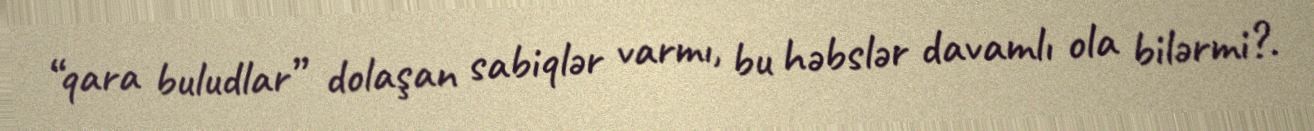
“qara buludlar” dolaşan sabiqlər varmı, bu həbslər davamlı ola bilərmi?.